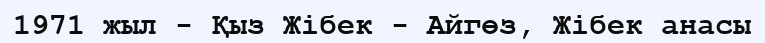
1971 жыл - Қыз Жібек - Айгөз, Жібек анасы